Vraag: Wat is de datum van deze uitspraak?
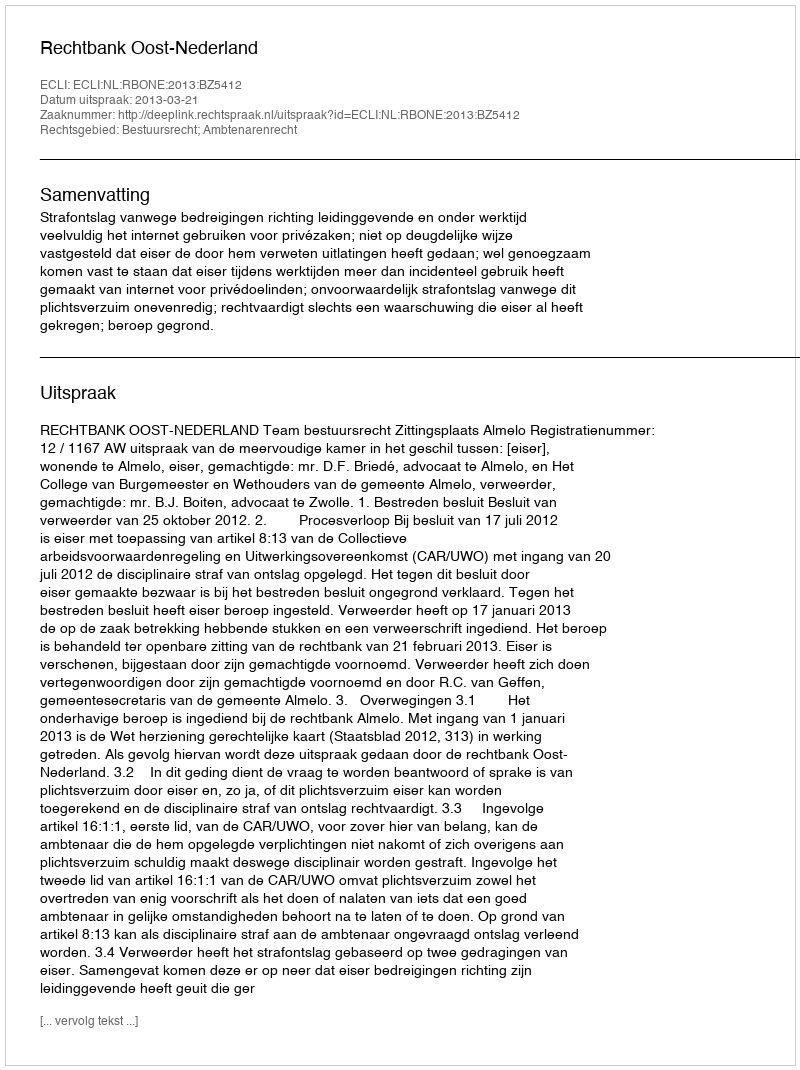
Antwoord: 2013-03-21